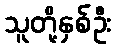
သူတို့နှစ်ဦး